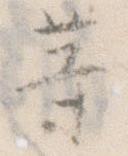
等